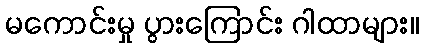
မကောင်းမှု ပွားကြောင်း ဂါထာများ။